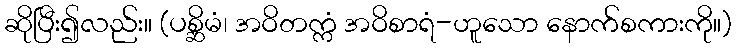
ဆိုပြီး၍လည်း။ (ပစ္ဆိမံ၊ အဝိတက္ကံ အဝိစာရံ-ဟူသော နောက်စကားကို။)